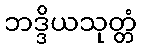
ဘဒ္ဒိယသုတ္တံ